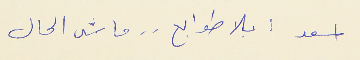
اسعد : بلا طوابع . . ماشى الحال